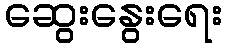
ဆွေးနွေးရေး